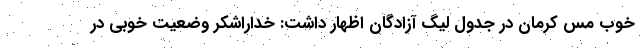
خوب مس کرمان در جدول لیگ آزادگان اظهار داشت: خداراشکر وضعیت خوبی در